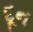
દૂન